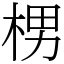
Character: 㭷